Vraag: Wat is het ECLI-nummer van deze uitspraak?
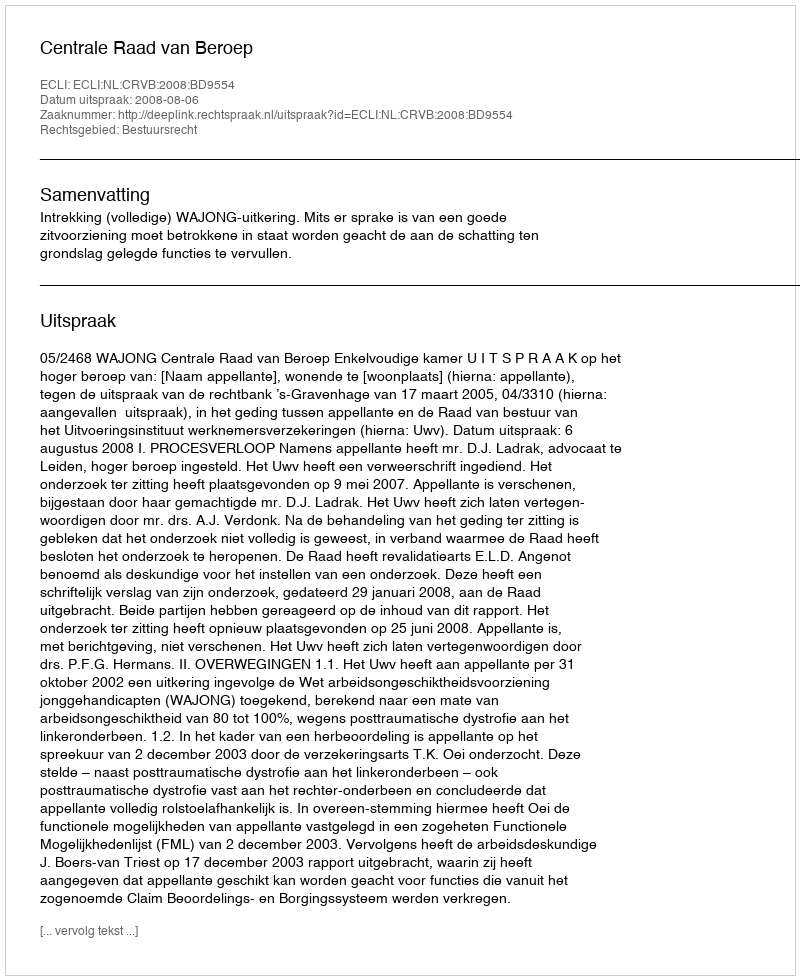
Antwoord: ECLI:NL:CRVB:2008:BD9554